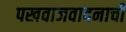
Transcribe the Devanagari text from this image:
पखवाजवादनाची